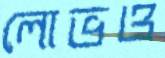
লোভও